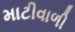
માટીવાળી